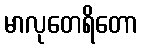
မာလုတေရိတော